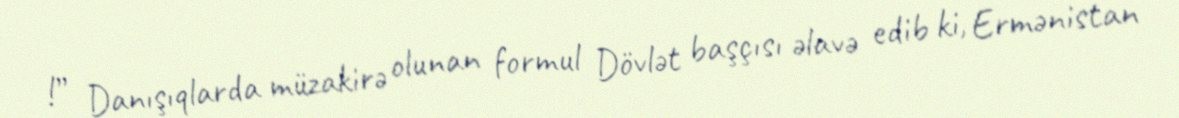
!” Danışıqlarda müzakirə olunan formul Dövlət başçısı əlavə edib ki, Ermənistan